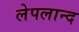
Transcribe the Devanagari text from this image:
लेपलान्द